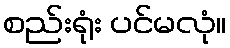
စည်းရုံး ပင်မလုံ။